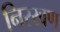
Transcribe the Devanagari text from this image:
निरखण